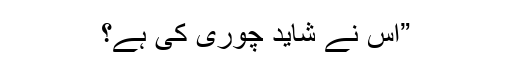
”اِس نے شاید چوری کی ہے؟